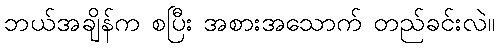
ဘယ်အချိန်က စပြီး အစားအသောက် တည်ခင်းလဲ။